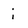
Character: i